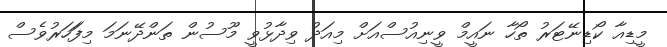
މީޑިއާ ކޯޑިނޭޓަރު ތޯހާ ނައީމް ވީނިއުސްއަށް މިއަދު ވިދާޅުވީ މޫސުން ތަންދޭނަަމަ މިފަަހަރުވެސް